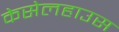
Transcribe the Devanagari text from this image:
केसेलहाउस